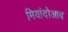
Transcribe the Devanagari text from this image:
मियांदोआब